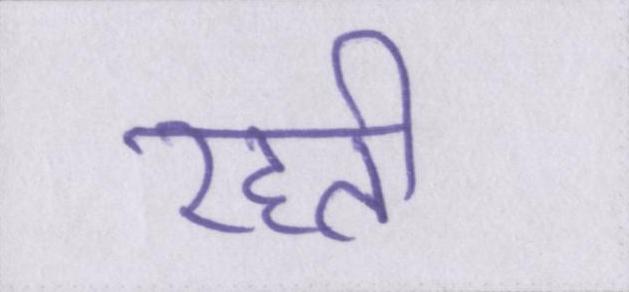
रहती